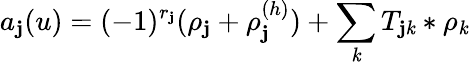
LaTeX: a_{\mathbf{j}}(u)=(-1)^{r_{\mathbf{j}}}(\rho_{\mathbf{j}}+\rho_{\mathbf{j}}^{(h)})+\sum_{\mathit{k}}T_{\mathbf{j}\mathit{k}}\ast\rho_{\mathit{k}}